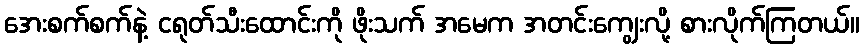
အေးစက်စက်နဲ့ ငရုတ်သီးထောင်းကို ဖိုးသက် အမေက အတင်းကျွေးလို့ စားလိုက်ကြတယ်။